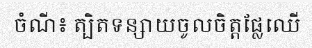
ចំណី៖ ត្បិតទន្សាយចូលចិត្តផ្លែឈើ